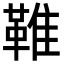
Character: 𩋘